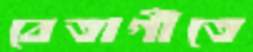
বেতাগীতে